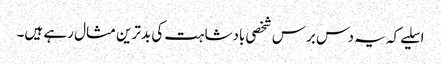
اسلیے کہ یہ دس برس شخصی بادشاہت کی بدترین مثال رہے ہیں۔